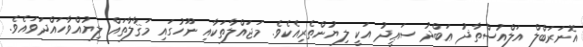
އޮނަރަބްލް އަލްއުސްތާޛު ޢަބްދު ސަޢީދު އަކީ ލިޔުންތެރިއެކެވެ. މަޖައްލާތަކާއި ނޫހުގައި މަޤާލާތައް ލިޔުއްވާހައްދަވައެވެ.